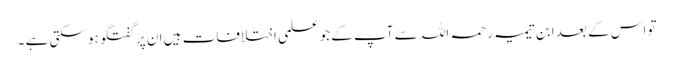
تو اس کے بعد ابن تیمیہ رحمہ اللہ سے آپ کے جو علمی اختلافات ہیں ان پر گفتگو ہو سکتی ہے ۔